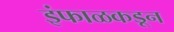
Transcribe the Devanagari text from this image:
इंफाळकडून